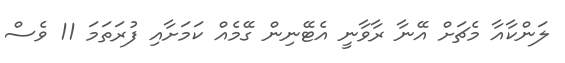
ލަންކާއާ މެޗަށް އޭނާ ރާވާނީ އެޓޭނިން ގޭމެއް ކަމަށާއި ފުރަތަމަ 11 ވެސް